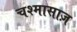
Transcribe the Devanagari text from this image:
चश्मासाज़